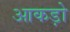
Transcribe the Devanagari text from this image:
आकड़ो